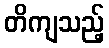
တိကျသည့်